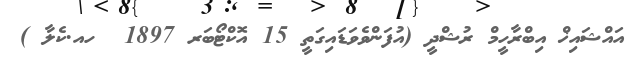
އައްޝައިޚް އިބްރާހީމް ރުޝްދީ (އުފަންވެވަޑައިގަތީ 15 އޮކްޓޯބަރ 1897  ހއ.ކެލާ )